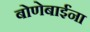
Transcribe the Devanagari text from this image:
बोणेबाईंना